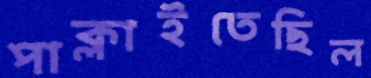
পাক্‌লাইতেছিল